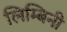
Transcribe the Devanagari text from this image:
लिम्बिनी